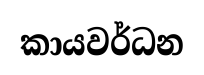
කායවර්ධන